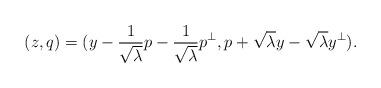
LaTeX: \begin{align*} (z,q) = (y - \frac{1}{\sqrt{\lambda}} p - \frac{1}{\sqrt{\lambda}} p^\perp, p + \sqrt{\lambda} y - \sqrt{\lambda} y^\perp).\end{align*}